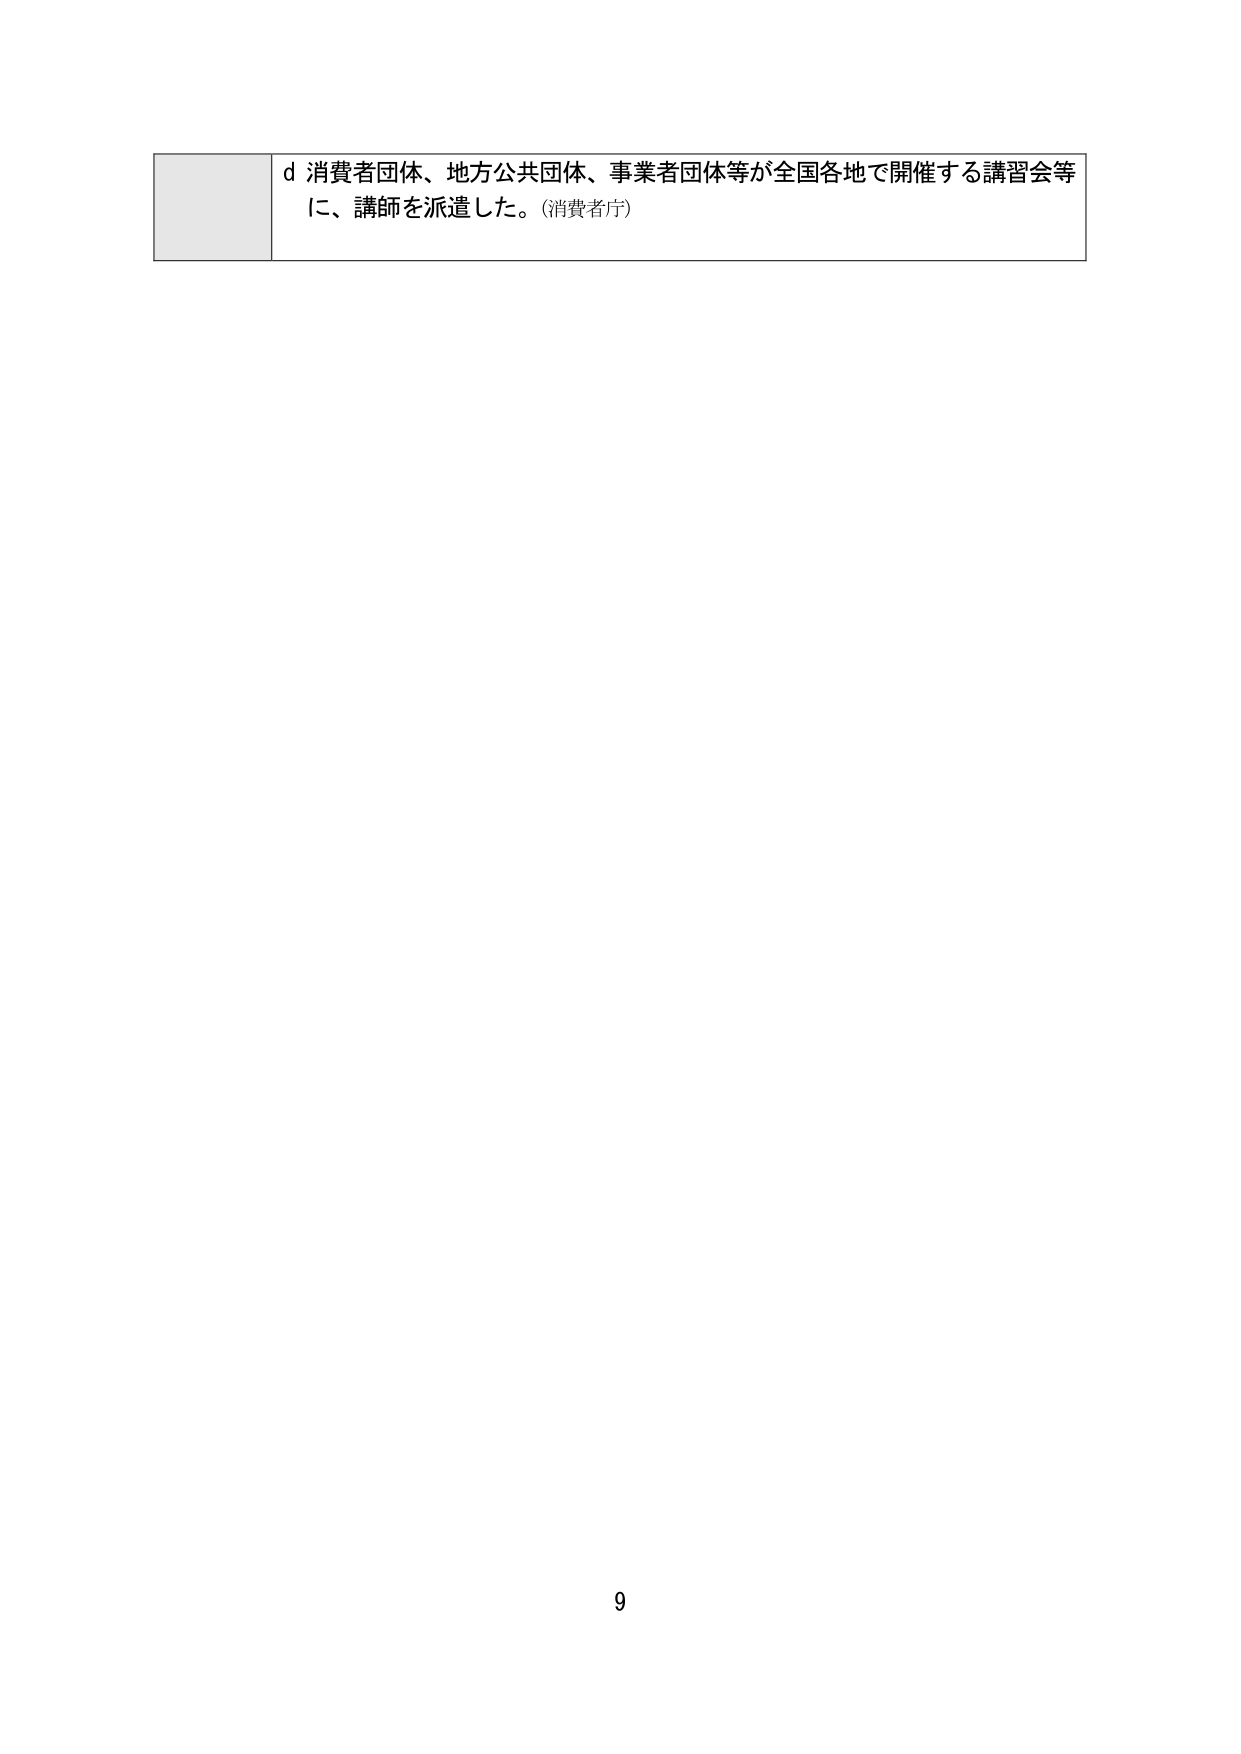
d 消費者団体、地方公共団体、事業者団体等が全国各地で開催する講習会等に、講師を派遣した。(消費者庁)

9